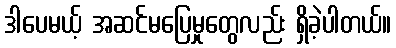
ဒါပေမယ့် အဆင်မပြေမှုတွေလည်း ရှိခဲ့ပါတယ်။